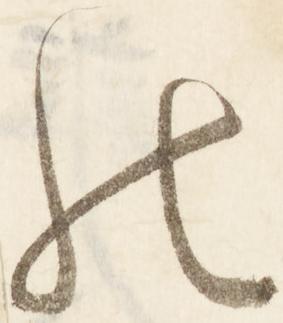
の